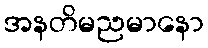
အနတိမညမာနော